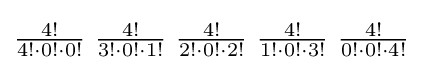
\textstyle {4! \over 4!\cdot 0!\cdot 0!}\ {4! \over 3!\cdot 0!\cdot 1!}\ {4! \over 2!\cdot 0!\cdot 2!}\ {4! \over 1!\cdot 0!\cdot 3!}\ {4! \over 0!\cdot 0!\cdot 4!}